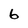
Character: 6